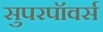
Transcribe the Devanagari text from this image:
सुपरपॉवर्स